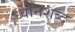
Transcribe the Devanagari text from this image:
ध्वनिशब्द